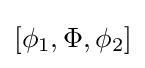
[\phi _{1},\Phi ,\phi _{2}]